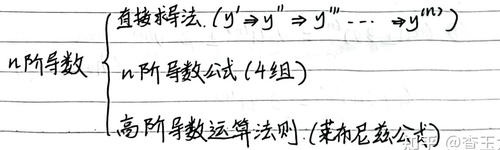
\(n\)阶导数
\[
\begin{cases}
\text{直接求导法. }(y'\to y''\to y'''\cdots\to y^{(n)})\\
\text{\(n\)阶导数公式(4组)}\\
\text{高阶导数运算法则(莱布尼兹公式)}
\end{cases}
\]